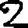
Digit: 2